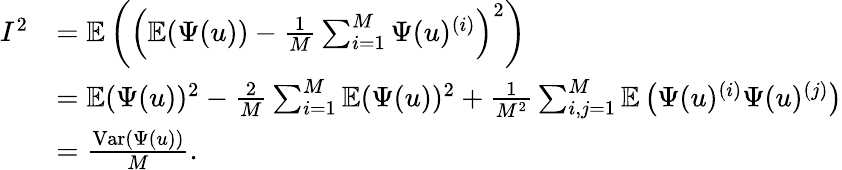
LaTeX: \begin{array}{rl}{I^{2}}&{=\mathbb{E}\left(\left(\mathbb{E}(\Psi(u))-\frac{1}{M}\sum_{i=1}^{M}\Psi(u)^{(i)}\right)^{2}\right)}\\ &{=\mathbb{E}(\Psi(u))^{2}-\frac{2}{M}\sum_{i=1}^{M}\mathbb{E}(\Psi(u))^{2}+\frac{1}{M^{2}}\sum_{i,j=1}^{M}\mathbb{E}\left(\Psi(u)^{(i)}\Psi(u)^{(j)}\right)}\\ &{=\frac{\mathrm{Var}(\Psi(u))}{M}.}\end{array}